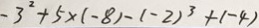
- 3 ^ { 2 } + 5 \times ( - 8 ) - ( - 2 ) ^ { 3 } + ( - 4 )